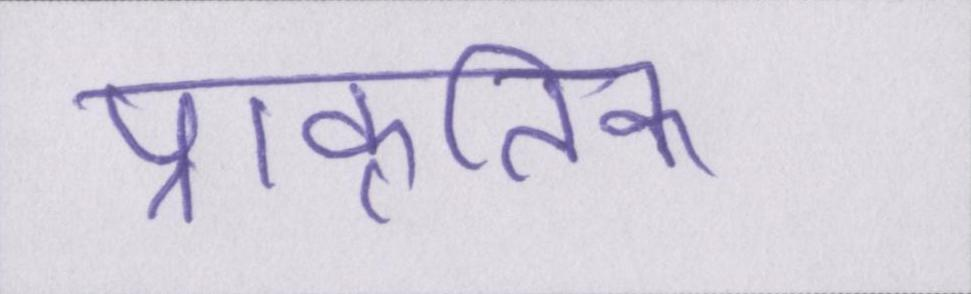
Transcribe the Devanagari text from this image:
प्राकृतिक